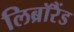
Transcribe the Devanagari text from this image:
लिब्रॉरैंड